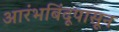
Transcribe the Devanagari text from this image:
आरंभबिंदूपासून